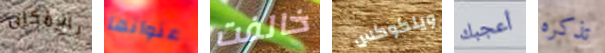
بالإمكان عنوانها خالفت ويلكوكس أعجبك تذكره